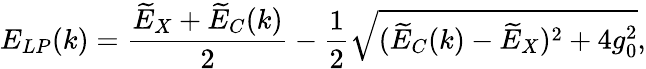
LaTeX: E_{LP}(k)=\frac{\widetilde{E}_{X}+\widetilde{E}_{C}(k)}{2}-\frac{1}{2}\sqrt{(\widetilde{E}_{C}(k)-\widetilde{E}_{X})^{2}+4g_{0}^{2}},